Indian journal of veterinary science and animal husbandry - Volume 10,
Year: 1940
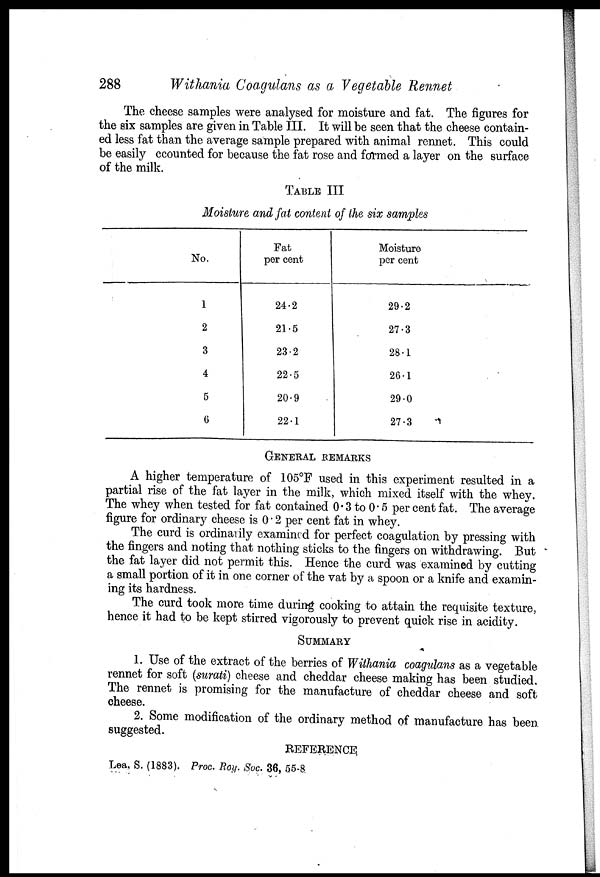
288
Withania Coagulans as a Vegetable Rennet
The cheese samples were analysed for moisture and fat. The figures for
the six samples are given in Table III. It will be seen that the cheese contain-
ed less fat than the average sample prepared with animal rennet. This could
be easily ccounted for because the fat rose and formed a layer on the surface
of the milk.
TABLE III
Moisture and fat content of the six samples
No.
1
2
3
4
5
6
Fat
per cent
24.2
21.5
23.2
22.5
20.9
22.1
Moisture
per cent
29.2
27.3
28.1
26.1
29.0
27.3
GENERAL REMARKS
A higher temperature of 105°F used in this experiment resulted in a
partial rise of the fat layer in the milk, which mixed itself with the whey.
The whey when tested for fat contained 0.3 to 0.5 per cent fat. The average
figure for ordinary cheese is 0.2 per cent fat in whey.
The curd is ordinarily examined for perfect coagulation by pressing with
the fingers and noting that nothing sticks to the fingers on withdrawing. But
the fat layer did not permit this. Hence the curd was examined by cutting
a small portion of it in one corner of the vat by a spoon or a knife and examin-
ing its hardness.
The curd took more time during cooking to attain the requisite texture,
hence it had to be kept stirred vigorously to prevent quick rise in acidity.
SUMMARY
1. Use of the extract of the berries of Withania coagulans as a vegetable
rennet for soft (surati) cheese and cheddar cheese making has been studied.
The rennet is promising for the manufacture of cheddar cheese and soft
cheese.
2. Some modification of the ordinary method of manufacture has been
suggested.
REFERENCE
Lea, S. (1883). Proc. Roy. Soc. 36, 55-8